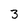
Character: 3